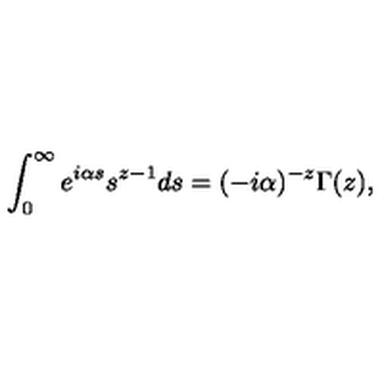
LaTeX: \int _ { 0 } ^ { \infty } e ^ { i \alpha s } s ^ { z - 1 } d s = ( - i \alpha ) ^ { - z } \Gamma ( z ) ,